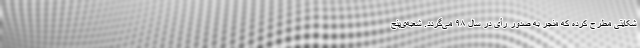
شکایتی مطرح کرده که منجر به صدور رأی در سال ۹۸ می‌گردد. شعبه‌ی‌پنج